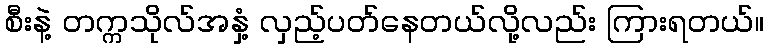
စီးနဲ့ တက္ကသိုလ်အနှံ့ လှည့်ပတ်နေတယ်လို့လည်း ကြားရတယ်။